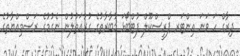
ދިރާގް ހަ ވަނަ އިންޓަރ ޕްރީސްކޫލް ފުޓްބޯޅަ މުބާރާތުގެ ގުރުއަތުލުން ނެގުމުގެ ރަސްމިއްޔާތުގެ